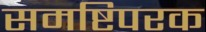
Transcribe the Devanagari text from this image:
समष्टिपरक